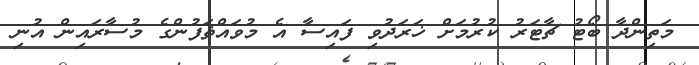
މަތިންދާ ބޯޓު ޗާޓަރު ކުރުމަށް ޚަރަދުވި ފައިސާ އެ މުވައްޡަފުންގެ މުސާރައިން އުނި